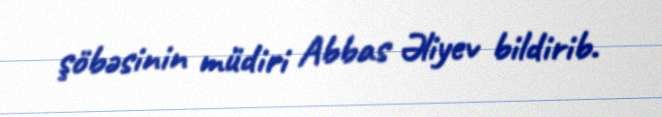
şöbəsinin müdiri Abbas Əliyev bildirib.